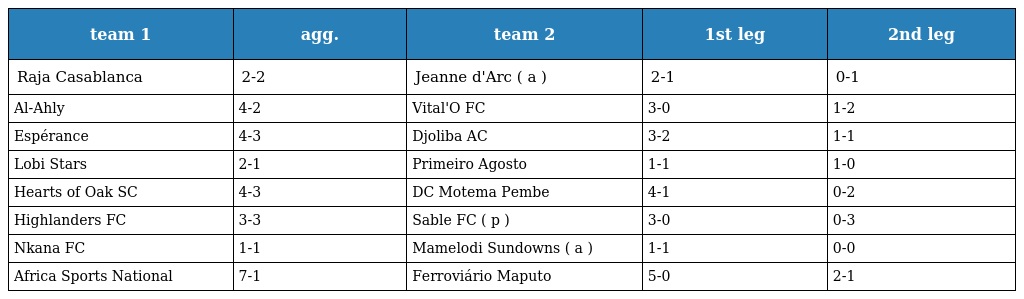
| team 1 | agg. | team 2 | 1st leg | 2nd leg |
 | --- | --- | --- | --- | --- |
 | Raja Casablanca | 2-2 | Jeanne d'Arc ( a ) | 2-1 | 0-1 |
 | Al-Ahly | 4-2 | Vital'O FC | 3-0 | 1-2 |
 | Espérance | 4-3 | Djoliba AC | 3-2 | 1-1 |
 | Lobi Stars | 2-1 | Primeiro Agosto | 1-1 | 1-0 |
 | Hearts of Oak SC | 4-3 | DC Motema Pembe | 4-1 | 0-2 |
 | Highlanders FC | 3-3 | Sable FC ( p ) | 3-0 | 0-3 |
 | Nkana FC | 1-1 | Mamelodi Sundowns ( a ) | 1-1 | 0-0 |
 | Africa Sports National | 7-1 | Ferroviário Maputo | 5-0 | 2-1 |